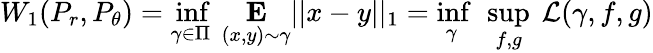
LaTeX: W_{1}(P_{r},P_{\theta})=\underset{\gamma\in\Pi}{\operatorname*{inf}}\ \underset{(x,y)\sim\gamma}{\mathbf{E}}||x-y||_{1}=\underset{\gamma}{\operatorname*{inf}}\ \underset{f,g}{\operatorname*{sup}}\ \mathcal{L}(\gamma,f,g)